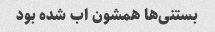
بستنی‌ها همشون اب شده بود